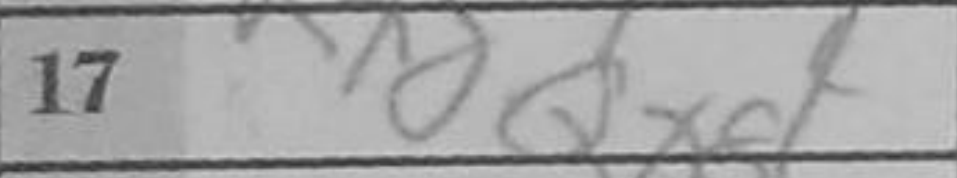
Transcription: Qxg1